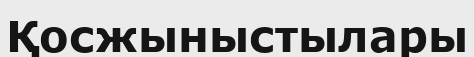
Қосжыныстылары